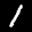
Label: 1